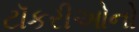
ટૉકરીઓનો